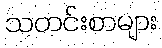
သတင်းစာများ